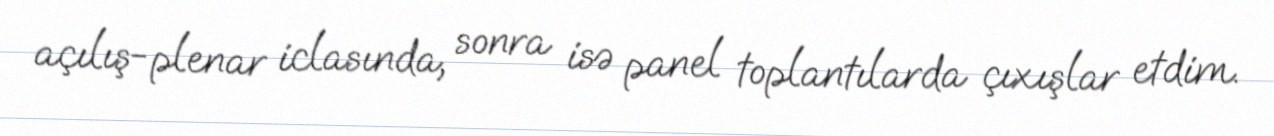
açılış-plenar iclasında, sonra isə panel toplantılarda çıxışlar etdim.